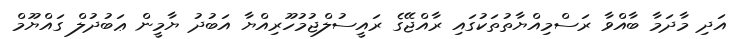
އަދި މާދަމާ ބާއްވާ ރަސްމިއްޔާތުތަކުގައި ރާއްޖޭގެ ރައީސުލްޖުމުހޫރިއްޔާ އަބުދު ޔާމީން ޢަބުދުލް ގައްޔޫމް